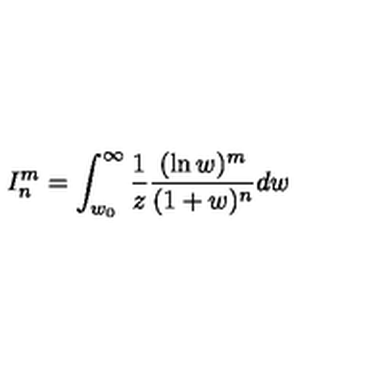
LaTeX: I _ { n } ^ { m } = \int _ { w _ { 0 } } ^ { \infty } \frac { 1 } { z } \frac { ( \ln w ) ^ { m } } { ( 1 + w ) ^ { n } } d w